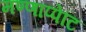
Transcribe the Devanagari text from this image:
मण्णाप्पेटि